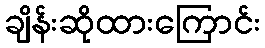
ချိန်းဆိုထားကြောင်း